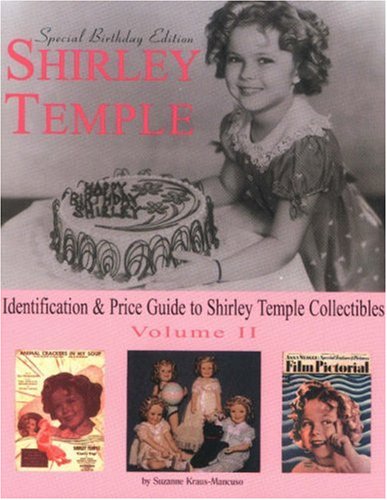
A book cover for Shirley Temple: Identification & Price Guide to Shirley Temple Collectibles Volume 2; Suzanne Kraus-Mancuso; Crafts, Hobbies & Home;